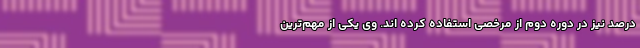
درصد نیز در دوره دوم از مرخصی استفاده کرده اند. وی یکی از مهم‌ترین